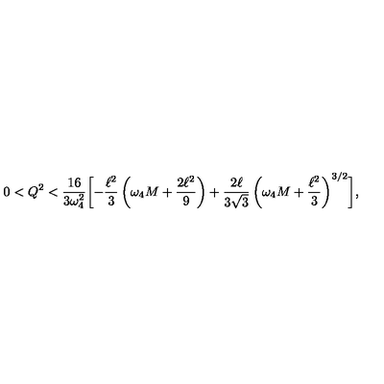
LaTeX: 0 < Q ^ { 2 } < \frac { 1 6 } { 3 \omega _ { 4 } ^ { 2 } } \biggl [ - \frac { \ell ^ { 2 } } { 3 } \left( \omega _ { 4 } M + \frac { 2 \ell ^ { 2 } } { 9 } \right) + \frac { 2 \ell } { 3 \sqrt { 3 } } \left( \omega _ { 4 } M + \frac { \ell ^ { 2 } } { 3 } \right) ^ { 3 / 2 } \biggr ] ,